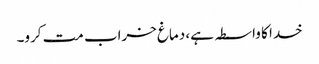
خدا کا واسطہ ہے، دماغ خراب مت کرو۔